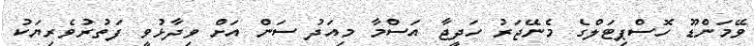
ވޭމަންޑޫ ހޮސްޕިޓަލްގެ މެނޭޖަރު ހަދީޖާ އަސްމާ މިއަދު ސަން އަށް ވިދާޅުވީ ފަތުރުވެރިޔަކު